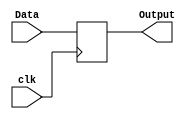
`timescale 1ns/1ps
module TmpR (
    input clk,
    input [31:0] Data,
    output reg[31:0] Output
);
    always @(posedge clk ) begin
        Output <= Data;
    end
    
endmodule